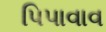
પિપાવાવ